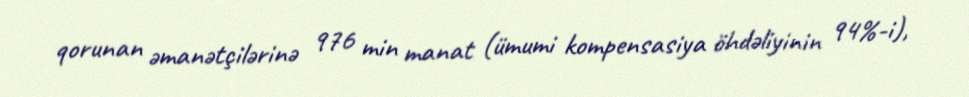
qorunan əmanətçilərinə 976 min manat (ümumi kompensasiya öhdəliyinin 94%-i),